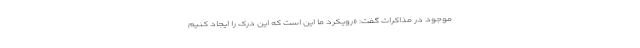
موجود در مذاکرات گفت: «رویکرد ما این است که این درک را ایجاد کنیم